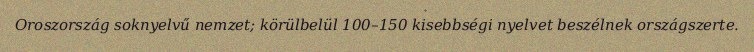
Oroszország soknyelvű nemzet; körülbelül 100–150 kisebbségi nyelvet beszélnek országszerte.